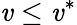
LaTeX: \mathit{v}\leq\mathit{v}^{*}